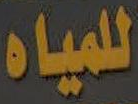
للمياه